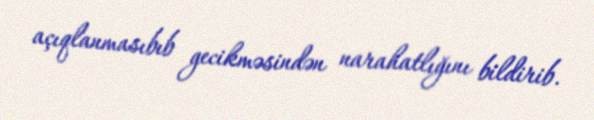
açıqlanmasıbıb gecikməsindən narahatlığını bildirib.